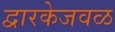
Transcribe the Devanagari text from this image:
द्वारकेजवळ